Scientific memoirs by medical officers of the Army of India - Part XII,
Year: 1901
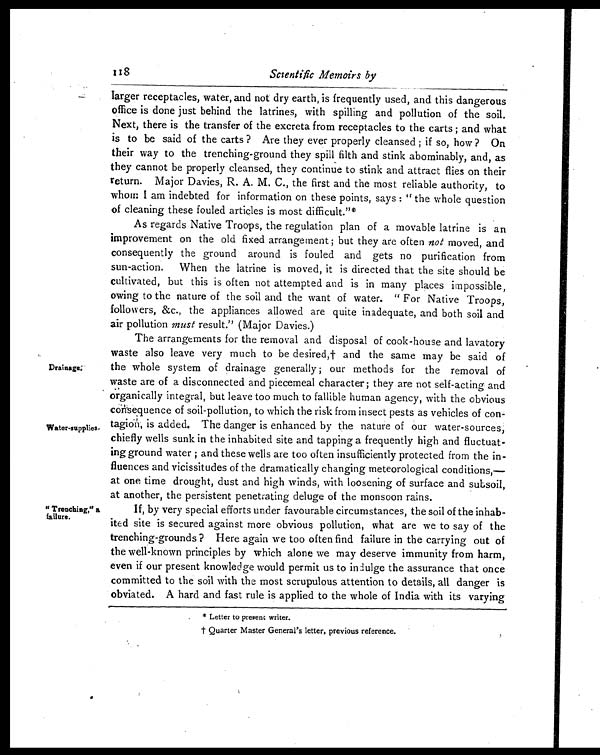
118
Scientific Memoirs by
Drainage.
Water-supplies.
" Trenching," a
failure.
larger receptacles, water, and not dry earth, is frequently used, and this dangerous
office is done just behind the latrines, with spilling and pollution of the soil.
Next, there is the transfer of the excreta from receptacles to the carts ; and what
is to be said of the carts? Are they ever properly cleansed ; if so, how ? On
their way to the trenching-ground they spill filth and stink abominably, and, as
they cannot be properly cleansed, they continue to stink and attract flies on their
return. Major Davies, R. A. M. C., the first and the most reliable authority, to
whom I am indebted for information on these points, says : "the whole question
of cleaning these fouled articles is most difficult."*
As regards Native Troops, the regulation plan of a movable latrine is an
improvement on the old fixed arrangement ; but they are often not moved, and
consequently the ground around is fouled and gets no purification from
sun-action. When the latrine is moved, it is directed that the site should be
cultivated, but this is often not attempted and is in many places impossible,
owing to the nature of the soil and the want of water. "For Native Troops,
followers, &c., the appliances allowed are quite inadequate, and both soil and
air pollution must result." (Major Davies.)
The arrangements for the removal and disposal of cook-house and lavatory
waste also leave very much to be desired,† and the same may be said of
the whole system of drainage generally ; our methods for the removal of
waste are of a disconnected and piecemeal character ; they are not self-acting and
organically integral, but leave too much to fallible human agency, with the obvious
consequence of soil-pollution, to which the risk from insect pests as vehicles of con
-tagion, is added. The danger is enhanced by the nature of our water-sources;
chiefly wells sunk in the inhabited site and tapping a frequently high and fluctuat
-ing ground water ; and these wells are too often insufficiently protected from the in-
-fluences and vicissitudes of the dramatically changing meteorological conditions,—
at one time drought, dust and high winds, with loosening of surface and subsoil,
at another, the persistent penetrating deluge of the monsoon rains.
If, by very special efforts under favourable circumstances, the soil of the inhab
-ited site is secured against more obvious pollution, what are we to say of the
trenching-grounds? Here again we too often find failure in the carrying out of
the well-known principles by which alone we may deserve immunity from harm,
even if our present knowledge would permit us to in dulge the assurance that once
committed to the soil with the most scrupulous attention to details, all danger is
obviated. A hard and fast rule is applied to the whole of India with its varying
* Letter to present writer.
† Q u a r t e r M a s t e r G e n e r a l ' s l e t t e r , p r e v i o u s r e f e r e n c e .